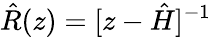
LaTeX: \hat{R}(z)=[z-\hat{H}]^{-1}